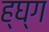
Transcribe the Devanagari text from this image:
ह्घ्ग